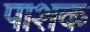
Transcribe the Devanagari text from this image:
पाशक